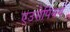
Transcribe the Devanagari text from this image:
एउरोपियन